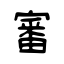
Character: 審